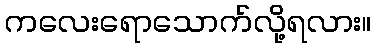
ကလေးရောသောက်လို့ရလား။